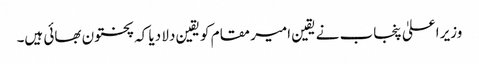
وزیر اعلیٰ پنجاب نے یقین امیر مقام کو یقین دلا دیا کہ پختون بھائی ہیں۔